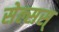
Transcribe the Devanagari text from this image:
सेल्सस्